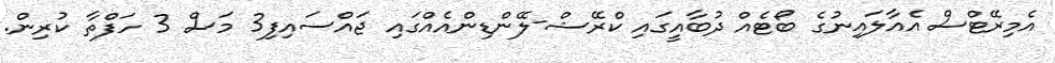
އެމިރޭޓްސް އެއާލައިނުގެ ބޯޓެއް ދުބާއީގައި ކްރޭޝް-ލޭންޑިންއެއްގައި ޖައްސައިފި3 މަސް 3 ހަފްތާ ކުރިން.